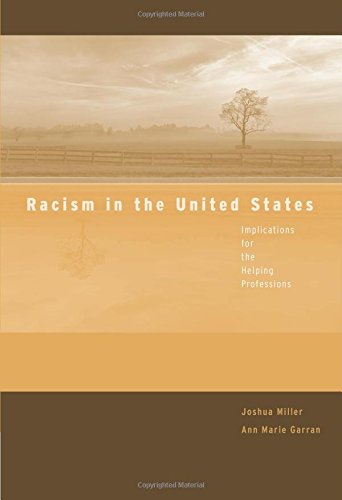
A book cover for Racism in the United States: Implications for the Helping Professions (Counseling Diverse Populations); Joshua Miller; History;